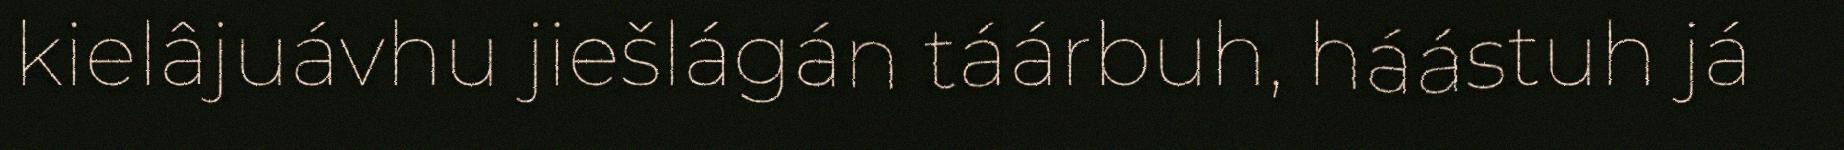
kielâjuávhu jiešlágán táárbuh, háástuh já